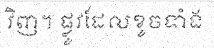
វិញ។ ផ្លូវដែលខូចទាំង